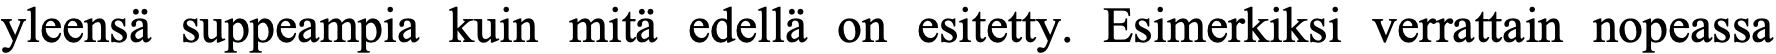
yleensä suppeampia kuin mitä edellä on esitetty. Esimerkiksi verrattain nopeassa